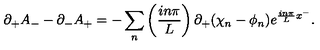
\partial _ { + } A _ { - } - \partial _ { - } A _ { + } = - \sum _ { n } \left( { \frac { i n \pi } { L } } \right) \partial _ { + } ( \chi _ { n } - \phi _ { n } ) e ^ { { \frac { i n \pi } { L } } x ^ { - } } .